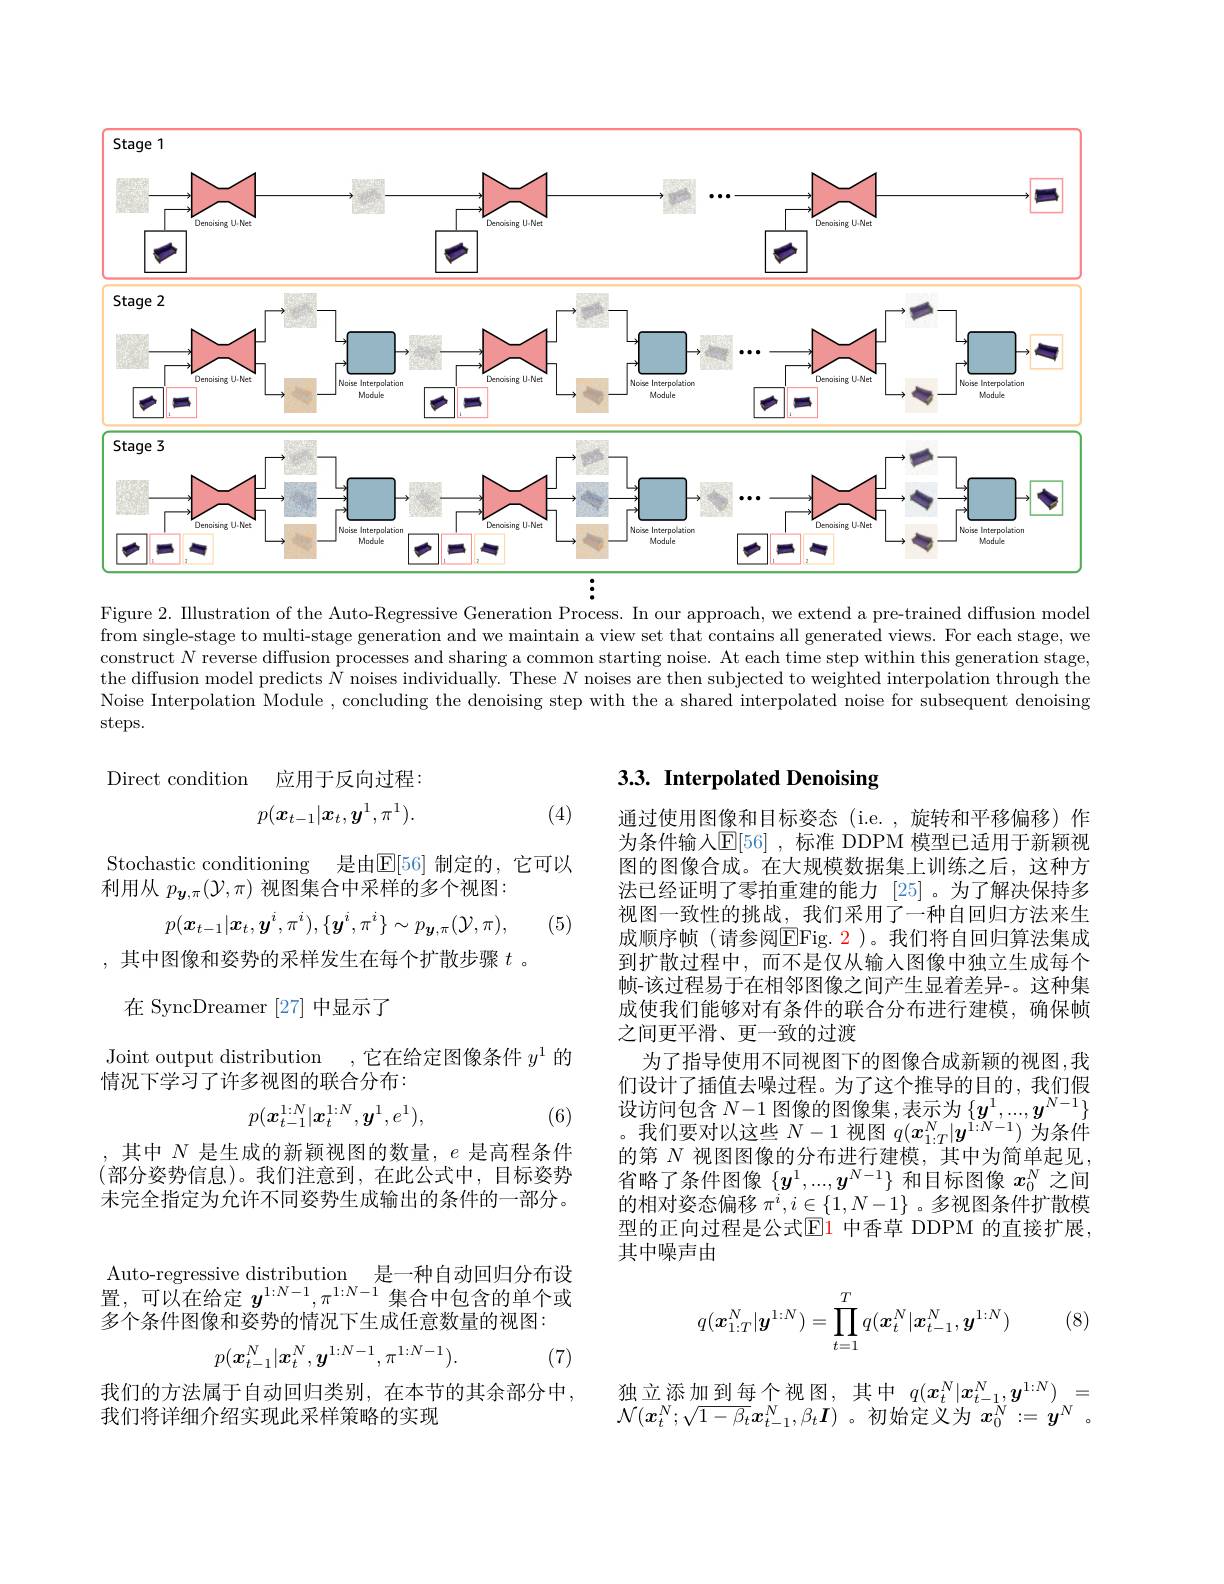
<FigureHere>

Figure 2. IIlustration of the Auto-Regressive Generation Process. In our approach, we extend a pre-trained diffusion model from single-stage to multi-stage generation and we maintain a view set that contains all generated views. For each stage, we construct $N$ reverse diffusion processes and sharing a common starting noise. At each time step within this generation stage, the diffusion model predicts $N$ noises individually. These $N$ noises are then subjected to weighted interpolation through the Noise Interpolation Module , concluding the denoising step with the a shared interpolated noise for subsequent denoising steps.

Direct condition 应用于反向过程：

# 3.3. Interpolated Denoising
$$p(\boldsymbol{x}_{t-1}|\boldsymbol{x}_t,\boldsymbol{y}^1,\pi^1).$$
(4)

Stochastic conditioning 是由$\overline{\mathbb{E}}[56]$ 制定的，它可以
利用从$p_{\boldsymbol{y},\pi}(\mathcal{Y},\pi)$视图集合中采样的多个视图：
$$p(\boldsymbol{x}_{t-1}|\boldsymbol{x}_{t},\boldsymbol{y}^{i},\pi^{i}),\{\boldsymbol{y}^{i},\pi^{i}\}\sim p_{\boldsymbol{y},\pi}(\mathcal{Y},\pi),$$
(5)

,其中图像和姿势的采样发生在每个扩散步骤$t$ 。

在 SyncDreamer [27]中显示了

通过使用图像和目标姿态(i.e.,旋转和平移偏移)作为条件输入$\mathbb{E}[56]$ ,标准 DDPM 模型已适用于新颖视图的图像合成。在大规模数据集上训练之后，这种方法已经证明了零拍重建的能力[25] 。为了解决保持多视图一致性的挑战，我们采用了一种自回归方法来生成顺序帧(请参阅$\overline{\mathrm{EFig.2}}$)。我们将自回归算法集成到扩散过程中，而不是仅从输人图像中独立生成每个帧-该过程易于在相邻图像之间产生显着差异-。这种集成使我们能够对有条件的联合分布进行建模，确保帧之间更平滑、更一致的过渡
为了指导使用不同视图下的图像合成新颖的视图，我们设计了插值去噪过程。为了这个推导的目的，我们假设访问包含$N-1$图像的图像集，表示为$\{y^1,...,y^{N-1}\}$ 。我们要对以这些$N-1$视图$q(x_{1:T}^N|\boldsymbol{y}^{1:N-1})$为条件的第$N$视图图像的分布进行建模，其中为简单起见， 省略了条件图像$\{y^1,...,y^{N-1}\}$和目标图像$x_0^N$之间的相对姿态偏移$\pi^i,i\in\{1,N-1\}$ 。多视图条件扩散模型的正向过程是公式$\mathbb{E}$1 中香草 DDPM 的直接扩展， 其中噪声由

Joint output distribution ,它在给定图像条件$y^{1}$的
情况下学习了许多视图的联合分布：
$$p(\boldsymbol{x}_{t-1}^{1:N}|\boldsymbol{x}_t^{1:N},\boldsymbol{y}^1,e^1),$$
(6)

,其中$N$是生成的新颖视图的数量，$e$是高程条件(部分姿势信息)。我们注意到，在此公式中，目标姿势未完全指定为允许不同姿势生成输出的条件的一部分。

Auto-regressive distribution 是一种自动回归分布设置，可以在给定 $y^{1:N-1},\pi^{1:N-1}$集合中包含的单个或多个条件图像和姿势的情况下生成任意数量的视图：
$$p(\boldsymbol{x}_{t-1}^N|\boldsymbol{x}_t^N,\boldsymbol{y}^{1:N-1},\pi^{1:N-1}).$$
$$q(\boldsymbol{x}_{1:T}^N|\boldsymbol{y}^{1:N})=\prod_{t=1}^Tq(\boldsymbol{x}_t^N|\boldsymbol{x}_{t-1}^N,\boldsymbol{y}^{1:N})$$
(8)

(7)

我们的方法属于自动回归类别，在本节的其余部分中，
我们将详细介绍实现此采样策略的实现

独立添加到每个视图，其中$q(x_t^N|x_{t-1}^N,y^{1:N})_N=$ $\mathcal{N}(\boldsymbol{x}_t^N;\sqrt{1-\beta_t}\boldsymbol{x}_{t-1}^N,\beta_t\boldsymbol{I})$ 。初始定义为$\boldsymbol x_0^N:=\boldsymbol y^N$ 。